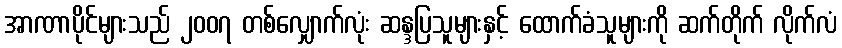
အာဏာပိုင်များသည် ၂၀၀၇ တစ်လျှောက်လုံး ဆန္ဒပြသူများနှင့် ထောက်ခံသူများကို ဆက်တိုက် လိုက်လံ